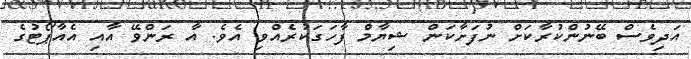
އަދިވެސް ބޭނުންކުރާކަށް ނުފަށާކަން ޝިޔާމް ފާހަގަކުރެއްވި އެވެ. އާ ރަންވޭ އާއި އެއާޕޯޓުގެ